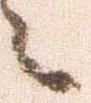
え